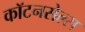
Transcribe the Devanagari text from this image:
कॉटनसेल्स